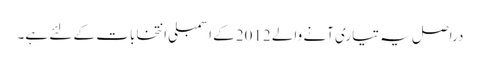
دراصل یہ تیاری آنے والے 2012کے اسمبلی انتخابات کے لئے ہے۔